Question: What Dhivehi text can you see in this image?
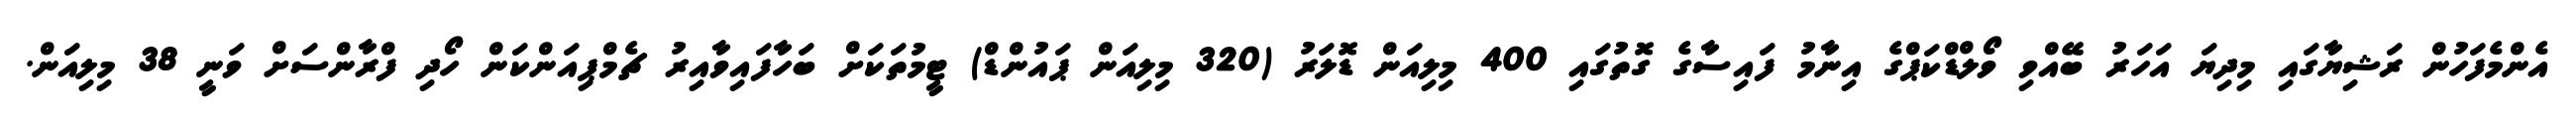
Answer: އެންމެފަހުން ރަޝިޔާގައި މިދިޔަ އަހަރު ބޭއްވި ވޯލްޑްކަޕްގެ އިނާމު ފައިސާގެ ގޮތުގައި 400 މިލިއަން ޑޮލަރު (320 މިލިއަން ޕައުންޑް) ޓީމުތަކަށް ބަހާފައިވާއިރު ޗެމްޕިއަންކަން ހޯދި ފްރާންސަށް ވަނީ 38 މިލިއަން.